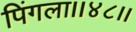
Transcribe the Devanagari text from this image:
पिंगला।।४८।।